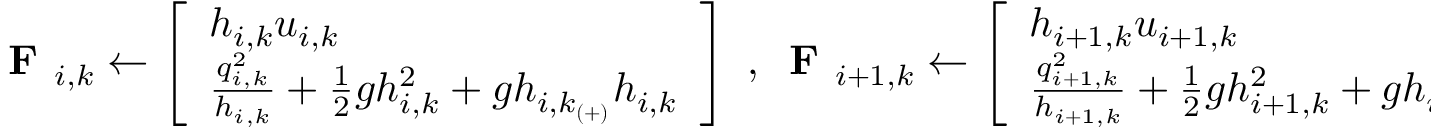
\textbf { F } _ { i , k } \leftarrow \left[ \begin{array} { l } { h _ { i , k } u _ { i , k } } \\ { \frac { q _ { i , k } ^ { 2 } } { h _ { i , k } } + \frac { 1 } { 2 } g h _ { i , k } ^ { 2 } + g h _ { i , k _ { ( + ) } } h _ { i , k } } \end{array} \right] \textrm { , } \textbf { F } _ { i + 1 , k } \leftarrow \left[ \begin{array} { l } { h _ { i + 1 , k } u _ { i + 1 , k } } \\ { \frac { q _ { i + 1 , k } ^ { 2 } } { h _ { i + 1 , k } } + \frac { 1 } { 2 } g h _ { i + 1 , k } ^ { 2 } + g h _ { i + 1 , k _ { ( + ) } } h _ { i + 1 , k } } \end{array} \right]